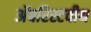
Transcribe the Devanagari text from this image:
अॅबरिस्टवीथ